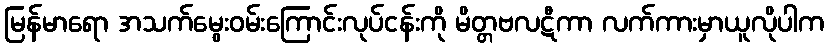
မြန်မာရော အသက်မွေးဝမ်းကြောင်းလုပ်ငန်းကို မိတ္တဗလဋီကာ လက်ကားမှာယူလိုပါက